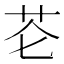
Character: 芲